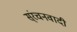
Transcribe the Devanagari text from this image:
स्ंरचनवादी